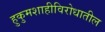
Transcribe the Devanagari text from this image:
हुकुमशाहीविरोधातील